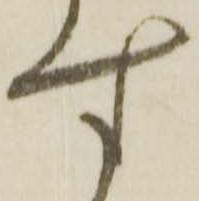
す